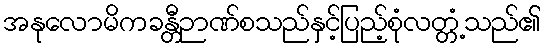
အနုလောမိကခန္တီဉာဏ်စသည်နှင့်ပြည့်စုံလတ္တံ့သည်၏